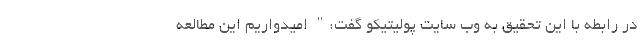
در رابطه با این تحقیق به وب سایت پولیتیکو گفت:" امیدواریم این مطالعه